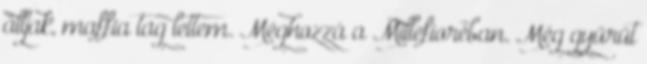
álljak, maffia tag lettem. Méghozzá a Millefioréban. Még gyűrűt